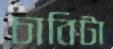
চাবিটা